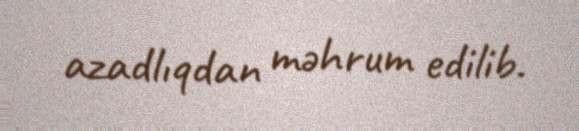
azadlıqdan məhrum edilib.